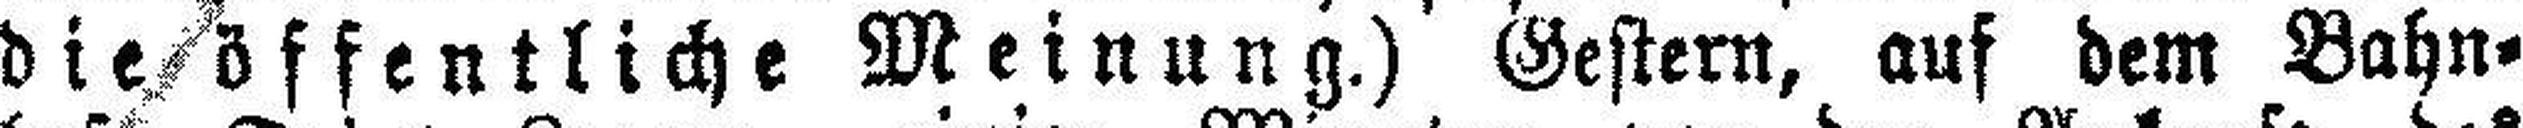
die öffentliche Meinung.) Gestern, auf dem Bahn¬